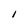
Character: I